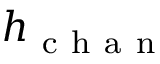
h _ { \mathrm { ~ c ~ h ~ a ~ n ~ } }